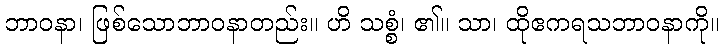
ဘာဝနာ၊ ဖြစ်သောဘာဝနာတည်း။ ဟိ သစ္စံ၊ ၏။ သာ၊ ထိုဧကရသဘာဝနာကို။